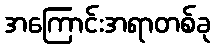
အကြောင်းအရာတစ်ခု